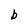
Character: b